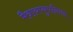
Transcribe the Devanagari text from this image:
मैत्रायष्युपनिषद